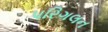
પરિગલન